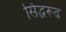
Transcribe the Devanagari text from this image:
सिद्धरूढ